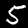
Label: 5